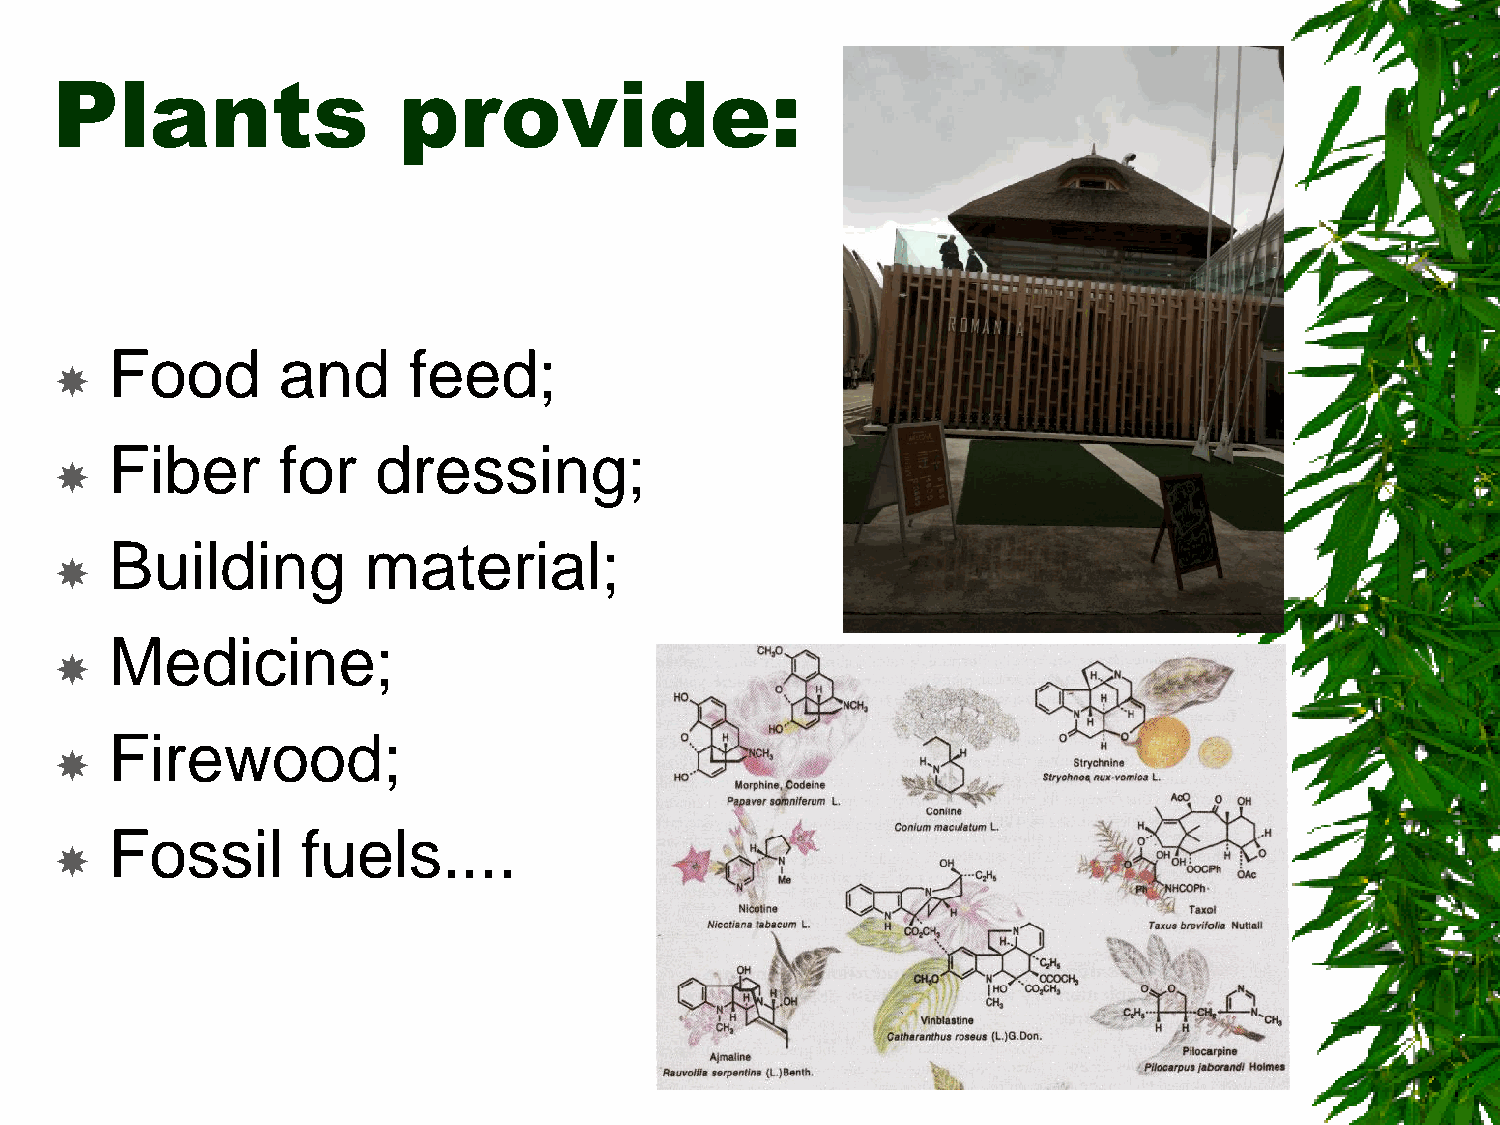
Plants                 provide:
 Food       and      feed;
 
 Fiber      for    dressing;
 
 Building         material;
 
 Medicine;
 
 Firewood;
 
 Fossil       fuels....
 